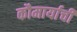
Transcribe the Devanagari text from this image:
कौमार्याची